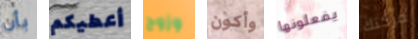
بأن أعطيكم وزوج وأكون يفعلونها حركتك